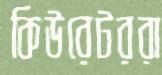
কিউরেটররা